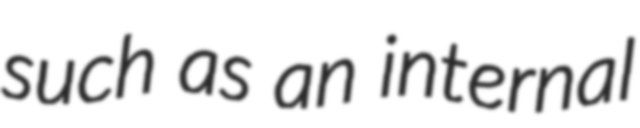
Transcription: such as an internal